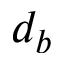
d _ { b }